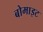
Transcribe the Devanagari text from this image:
बोमाइट